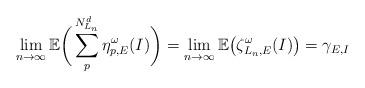
LaTeX: \begin{align*} \lim_{n\to\infty}\mathbb{E}\bigg(\sum_p^{N_{L_n}^d}\eta^{\omega}_{p,E}(I)\bigg) =\lim_{n\to\infty}\mathbb{E}\big(\zeta^{\omega}_{L_n,E}(I)\big) =\gamma_{E,I}\\\end{align*}